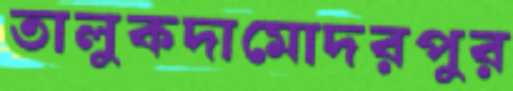
তালুকদামোদরপুর